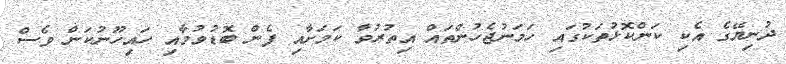
ދުނިޔޭގެ އެކި ކަންކޮޅުތަކުގައި ހަމަނުޖެހުންތައް އިތުރުވާ ކަމަށާއި ފެން ބޮޑުވުމާއި ހައިހޫނުކަން ވެސް